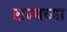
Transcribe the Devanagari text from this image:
राज्यच्या